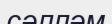
сәлләм